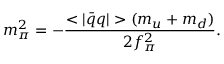
m _ { \pi } ^ { 2 } = - \frac { < | \bar { q } q | > ( m _ { u } + m _ { d } ) } { 2 f _ { \pi } ^ { 2 } } .